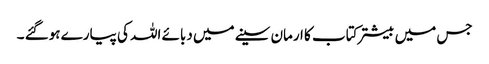
جس میں بیشتر کتاب کا ارمان سینے میں دبائے اللہ کی پیارے ہوگئے ۔